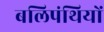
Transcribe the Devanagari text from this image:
बलिपंथियों